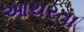
આચરતા